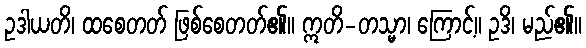
ဥဒါယတိ၊ ထစေတတ် ဖြစ်စေတတ်၏။ ဣတိ-တသ္မာ၊ ကြောင့်။ ဥဒိ၊ မည်၏။